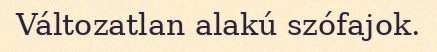
Változatlan alakú szófajok.